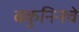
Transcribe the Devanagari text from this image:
बकुनिनचे